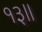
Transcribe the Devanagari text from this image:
१३॥